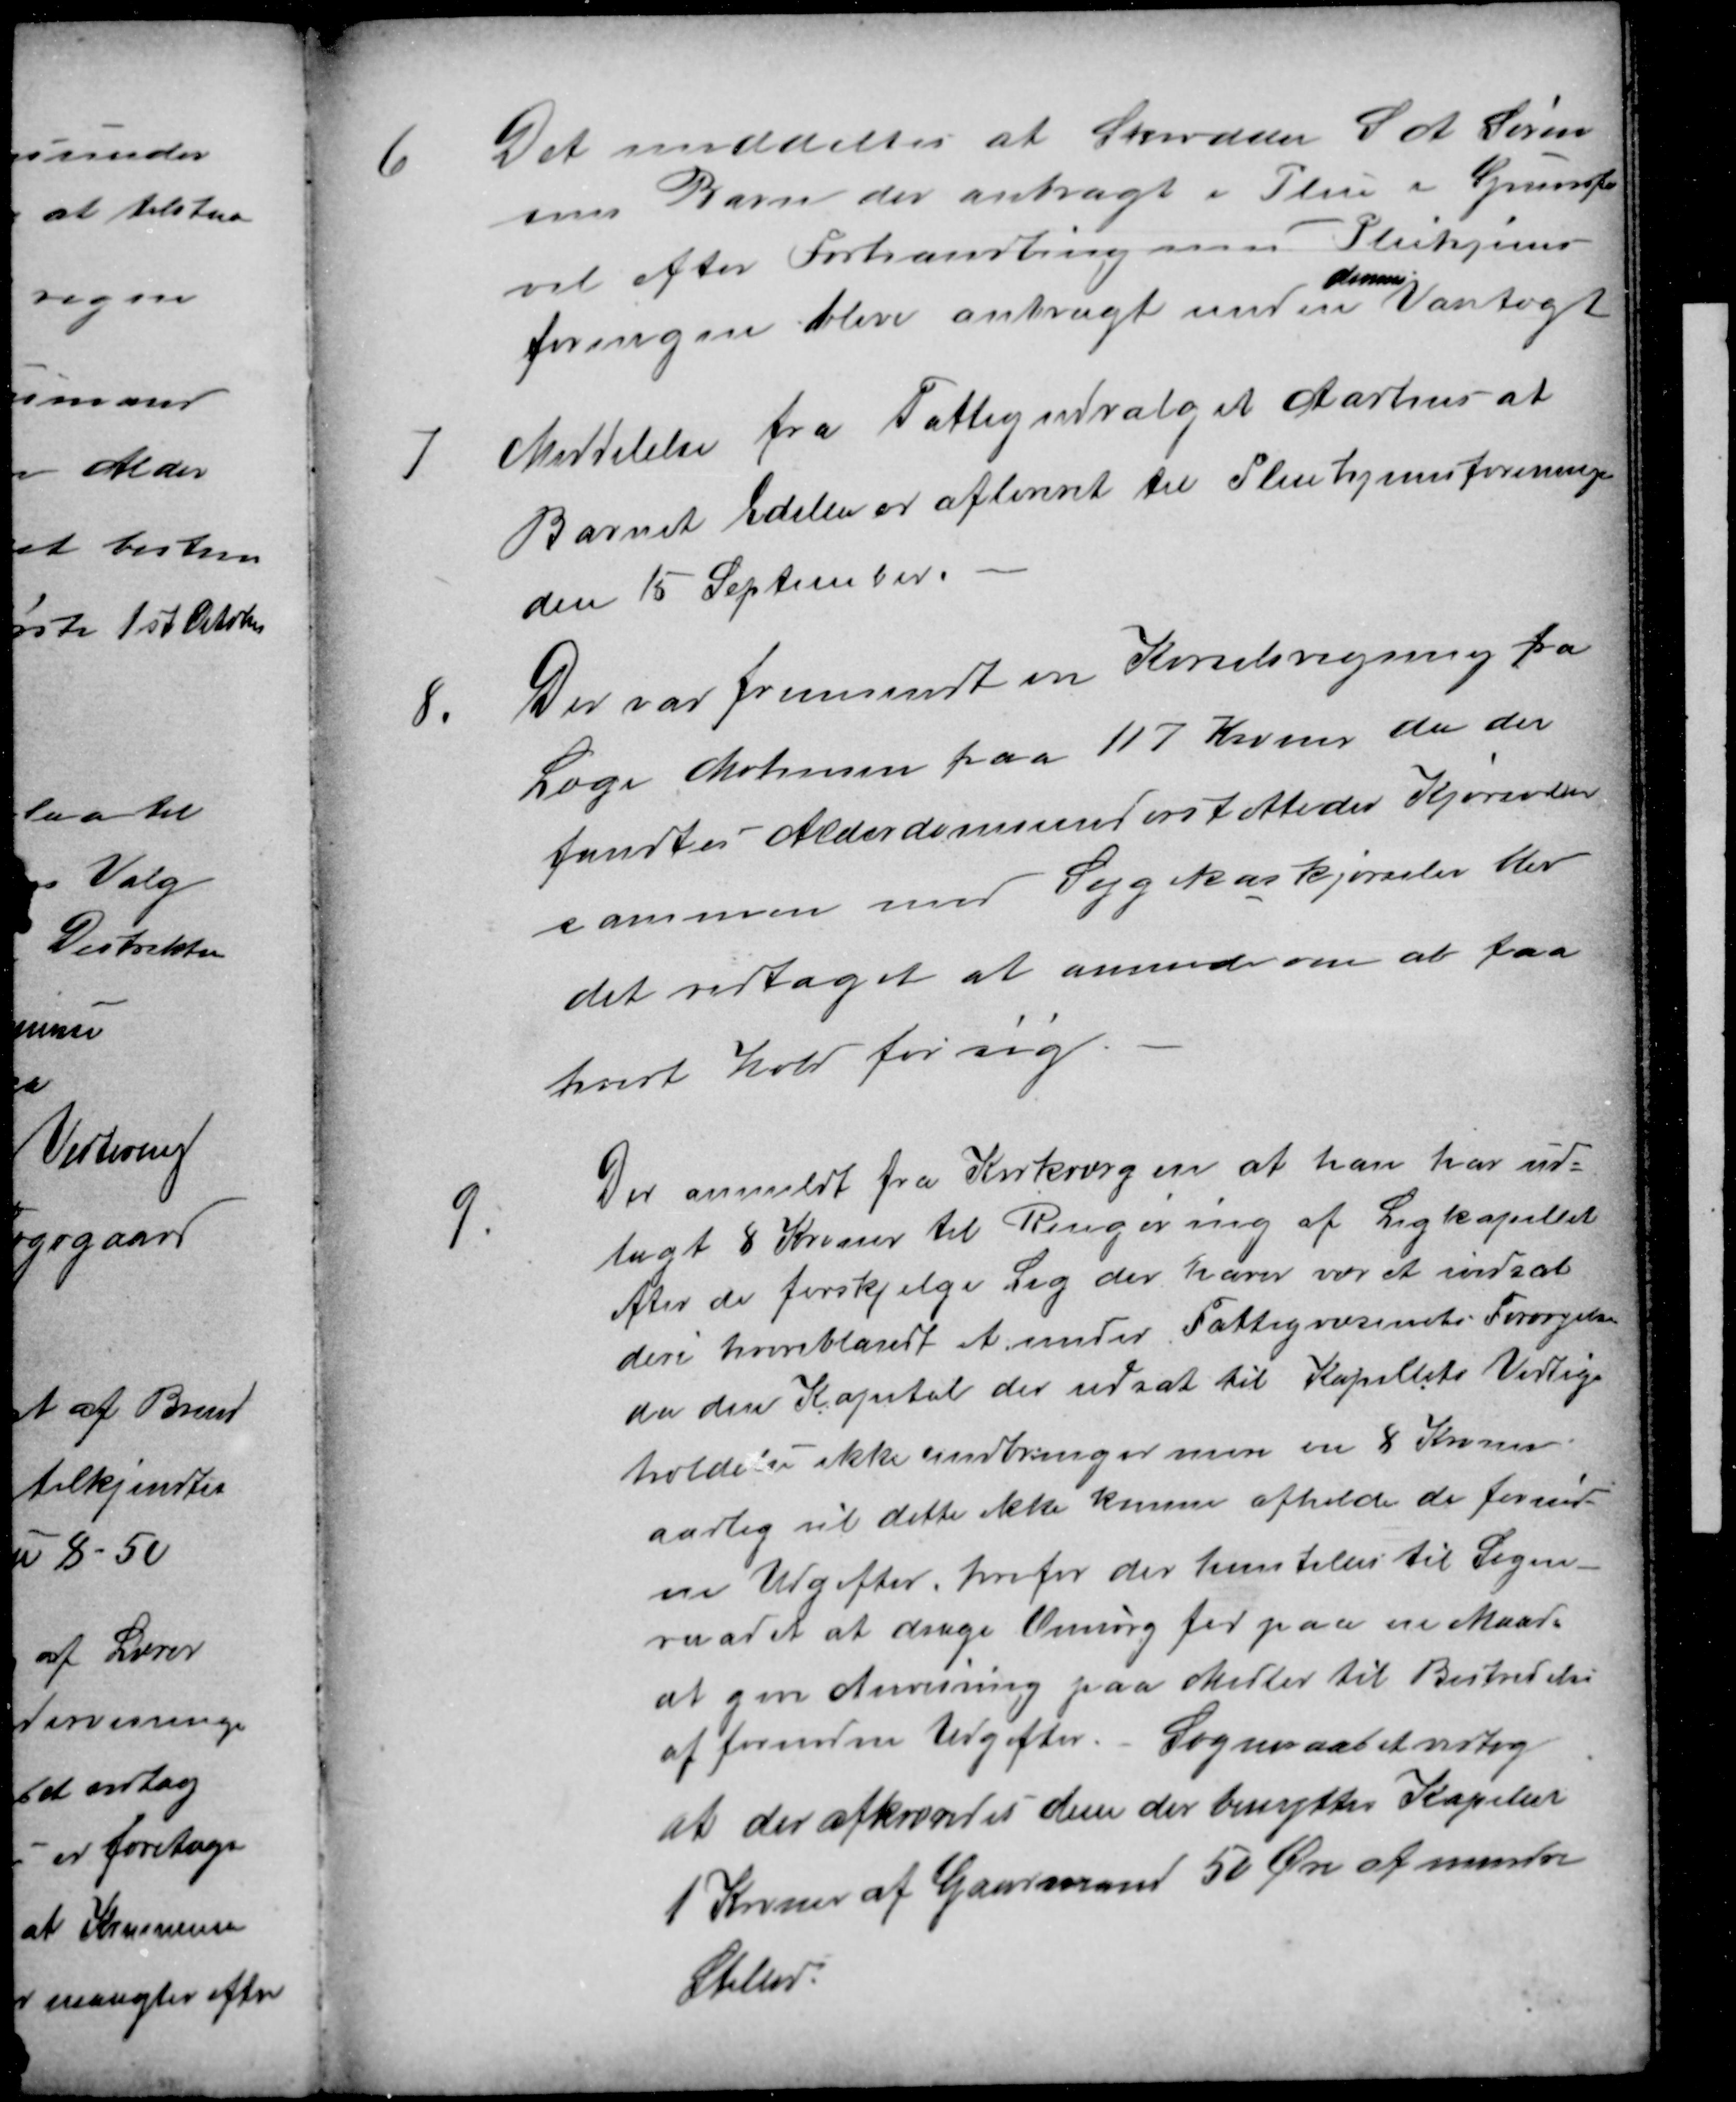
Transskription:
6
Det meddeltes at Skrædder S A Søren
sens Barn der anbragt i Pleie i Grundfør
vil efter Forhandling med Plehjems
foringen blive anbragt under
dennes
Varetægt
7
Meddelelse fra Fattigudvalget Aarhus at
Barnet Edelen er afleveret til Pleiehjemsforeningen
den 15 September.
8.
Der var fremsendt en Kørselsregning fra
Læge Mortensen paa 117 Kroner da der
fandtes Alderdomsunderstøttedes Kjørsler
sammen med Sygekaskjørsler blev
det vedtaget at anmode om at faa
hvert Hold for sig.
9
Der anmeldt fra Kirkværgen at han har ud-
lagt 8 Kroner til Rengøring af Ligkapellet
efter de forskjelge Lig der haver været indsat
deri hvoriblandt et under Fattigvæsenets Forsørgelse
da den Kapital der udsat til Kapellets Vedlige
holdelse ikke indbringer mere en 8 Kroner
aarlig vil dette ikke kunne afholde de fornød-
ne Udgifter, hvorfor der henstilles til Sogne-
raadet at drage Omsorg for paa en Maade
at give Anvisning paa Midler til Bestridelse
af fornødne Udgifter. - Sogneraadet vedtog
at der afkrævedes dem der benytter Kapellet
1 Kroner af Gaardmænd 50 Øre af mindre
Stillede.